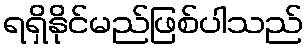
ရရှိနိုင်မည်ဖြစ်ပါသည်